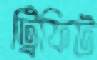
ট্রিফিট